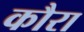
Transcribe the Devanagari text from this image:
कौरा